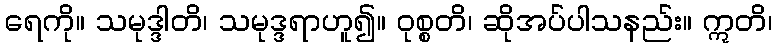
ရေကို။ သမုဒ္ဒါတိ၊ သမုဒ္ဒရာဟူ၍။ ဝုစ္စတိ၊ ဆိုအပ်ပါသနည်း။ ဣတိ၊